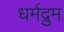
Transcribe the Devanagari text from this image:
धर्मद्रुम